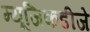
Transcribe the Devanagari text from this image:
म्यूजिकडीजे